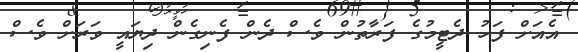
އެއަށް ފަހު ދެޓީމުގެ ފަރާތުން ވެސް ދެން ފެނިގެން ދިޔައީ ވަރަށް ވެސް